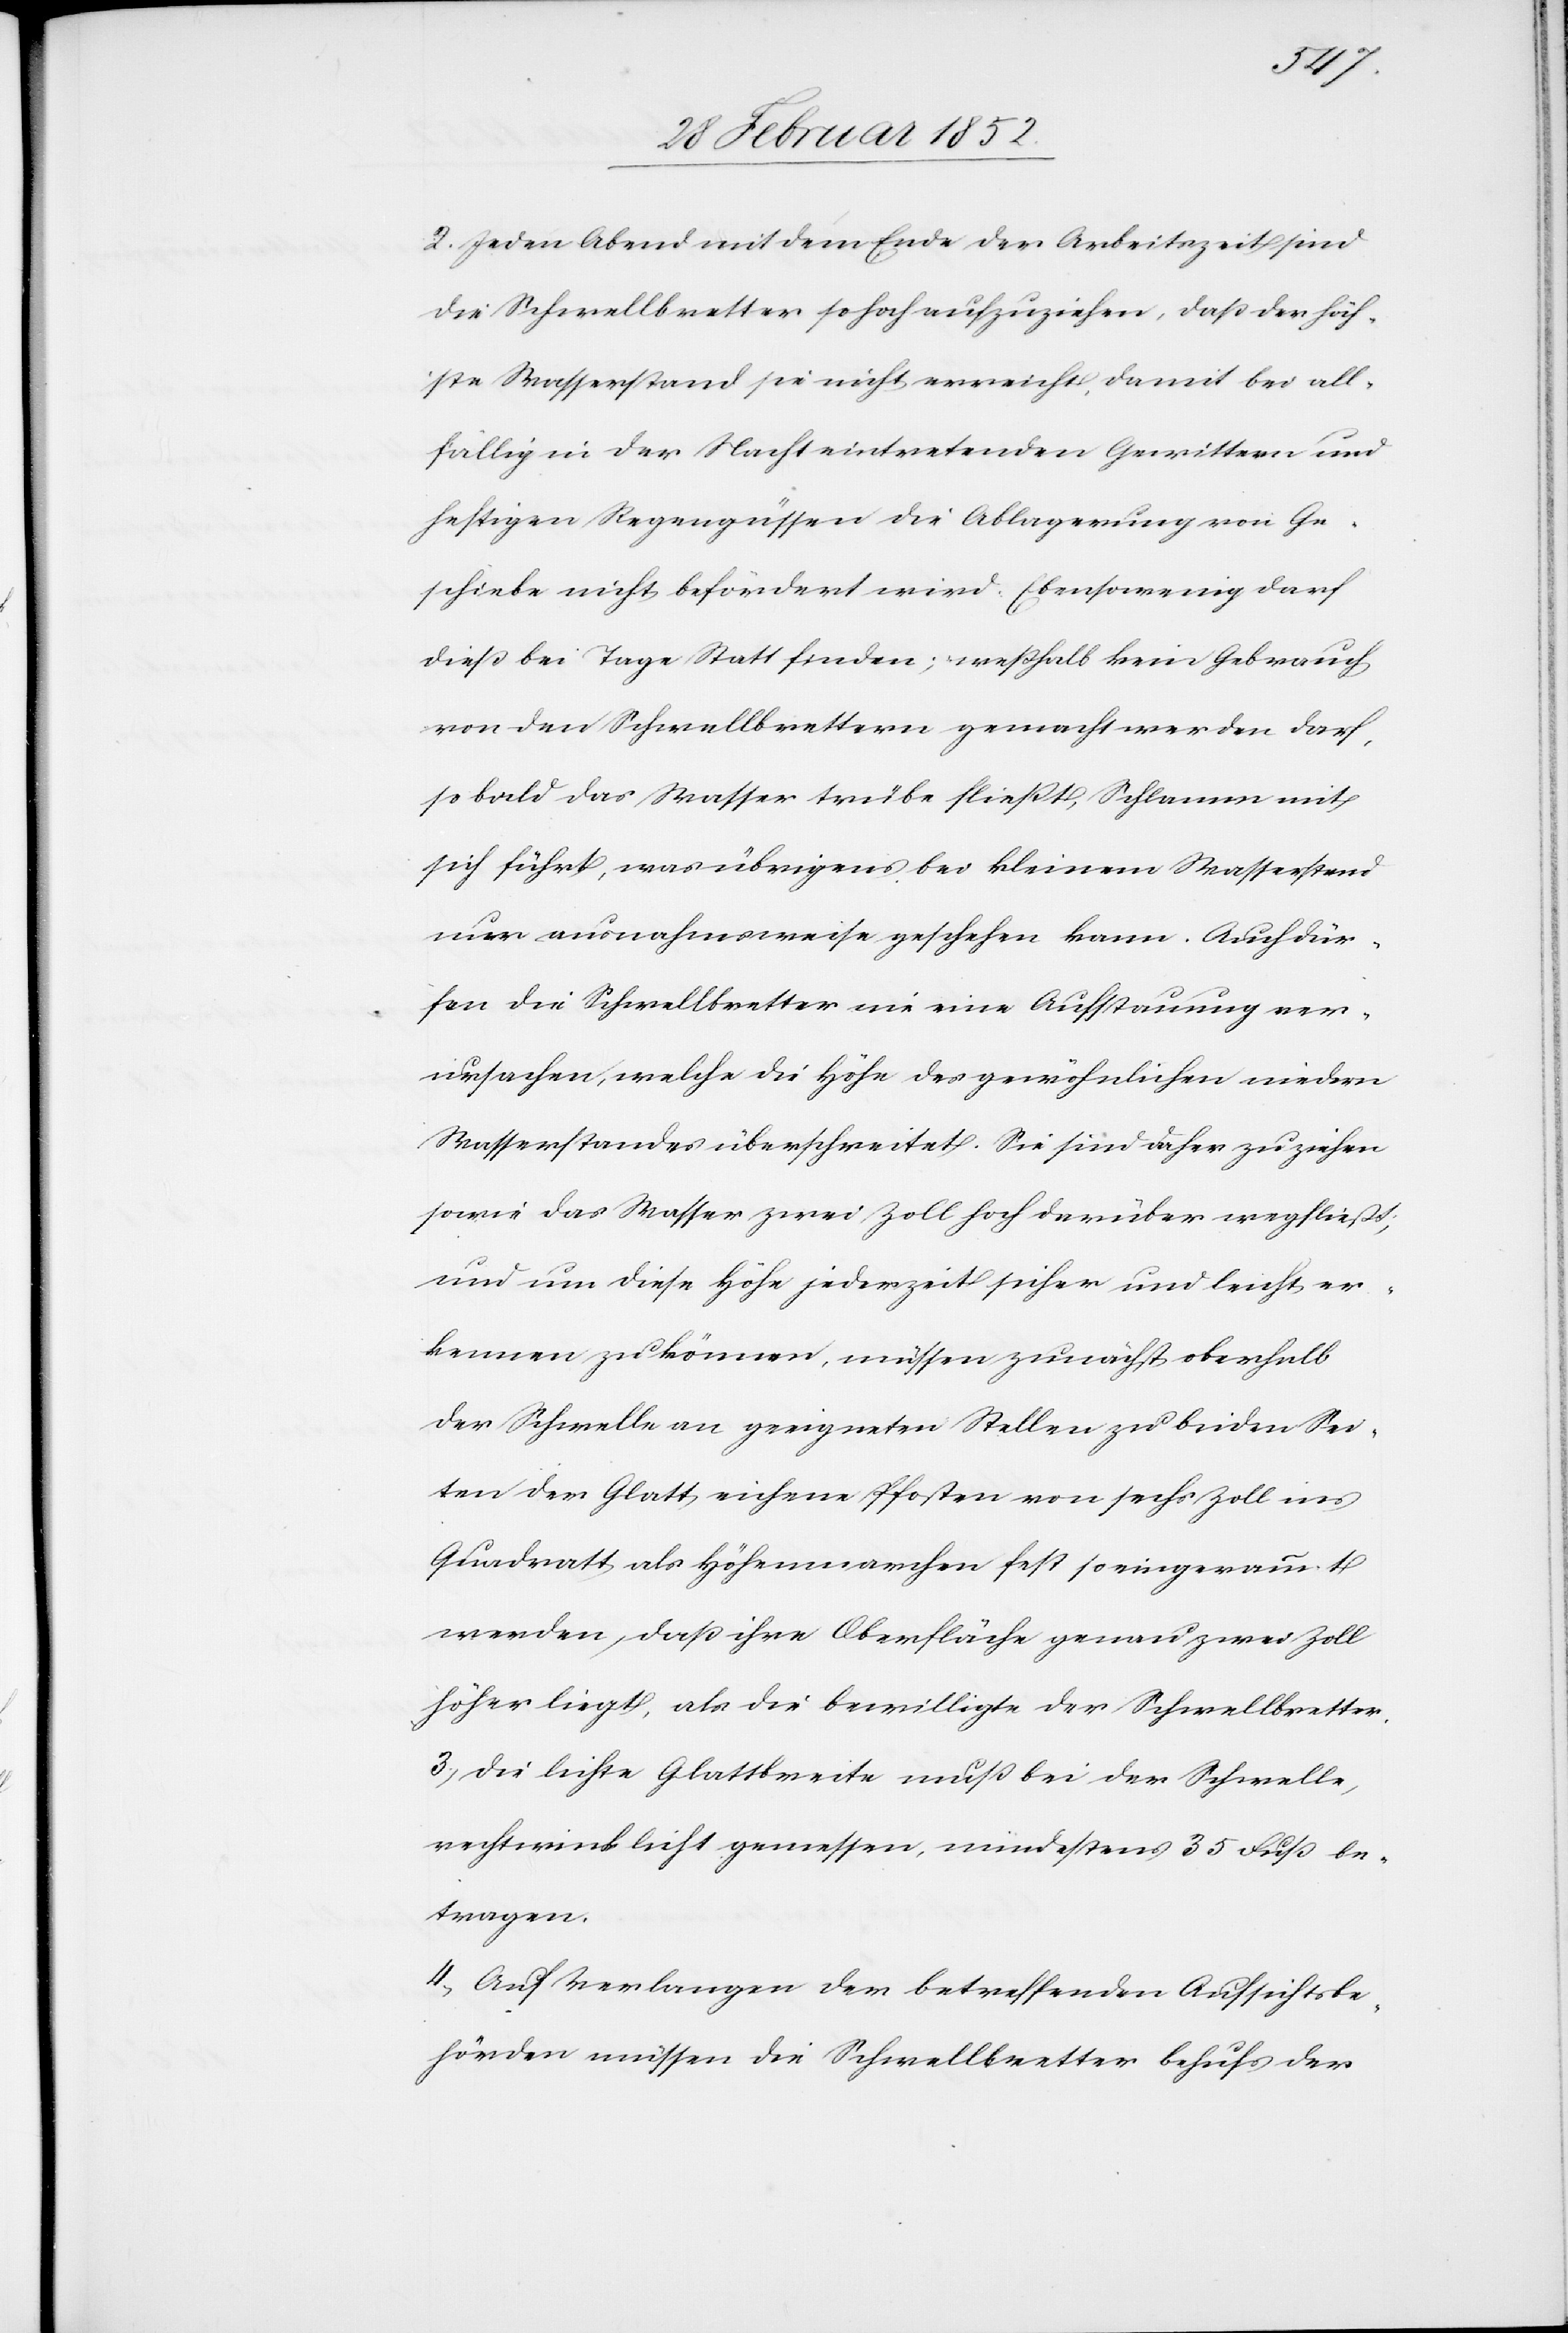
2. Jeden Abend mit dem Ende der Arbeitszeit sind
die Schwellbretter so hoch aufzuziehen, daß der höch¬
ste Wasserstand sie nicht erreicht, damit bei all¬
fällig in der Nacht eintretenden Gewittern und
heftigen Regengüssen die Ablagerung von Ge¬
schiebe nicht befördert wird. Ebensowenig darf
dieß bei Tage Statt finden, weßhalb kein Gebrauch
von den Schwellbrettern gemacht werden darf,
so bald das Wasser trübe fließt, Schlamm mit
sich führt, was übrigens bei kleinem Wasserstand
nur ausnahmsweise geschehen kann. Auch dür¬
fen die Schwellbretter nie eine Aufstauung ver¬
ursachen, welche die Höhe des gewöhnlichen niedern
Wasserstandes überschreitet. Sie sind daher zu ziehen
sowie das Wasser zwei Zoll hoch darüber wegfließt,
und um diese Höhe jederzeit sicher und leicht er¬
kennen zu können, müssen zunächst oberhalb
der Schwelle an geeigneten Stellen zu beiden Sei¬
ten der Glatt eichene Pfosten von sechs Zoll ins
Quadratt als Höhenmarchen fest so eingerammt
werden, daß ihre Oberfläche genau zwei Zoll
höher liegt, als die bewilligte der Schwellbretter.
3.) Die leichte Glattbreite muß bei der Schwelle,
rechtwinklicht gemessen, mindestens 35 Fuß be¬
tragen.
4.) Auf Verlangen der betreffenden Aufsichtsbe¬
hörden müssen die Schwellbretter behufs der